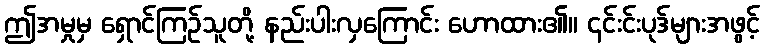
ဤအမှုမှ ရှောင်ကြဉ်သူတို့ နည်းပါးလှကြောင်း ဟောထား၏။ ၎င်းင်းပုဒ်များအဖွင့်